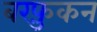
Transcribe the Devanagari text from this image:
बरफ़ुकन